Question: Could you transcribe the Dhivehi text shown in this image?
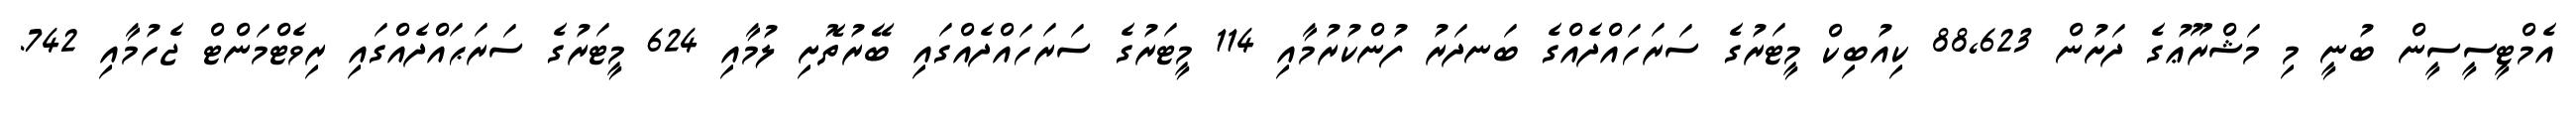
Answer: އެމްޓީސީސީން ބުނީ މި މަޝްރޫޢުގެ ދަށުން 88,623 ކިއުބިކް މީޓަރުގެ ސަރަހައްދެއްގެ ބަނދަރު ފުންކުރުމާއި 114 މީޓަރުގެ ސަރަހައްދެއްގައި ބޭރުތޮށި ލުމާއި 624 މީޓަރުގެ ސަރަޙައްދެއްގައި ރިވެޓްމަންޓް ޖެހުމާއި 742.